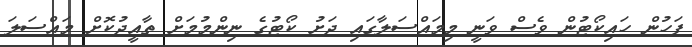
ފަހުން ހައިކޯޓުން ވެސް ވަނީ މިމައްސަލާގައި ދަށު ކޯޓުގެ ނިންމުމަށް ތާއީދުކޮށް މައްސަލަ